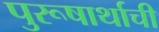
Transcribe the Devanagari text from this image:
पुरूषार्थाची